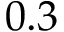
0 . 3